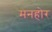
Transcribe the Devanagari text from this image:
मनहोर